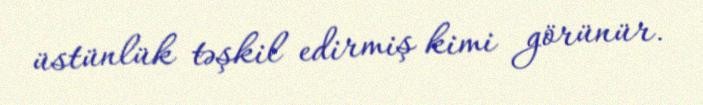
üstünlük təşkil edirmiş kimi görünür.